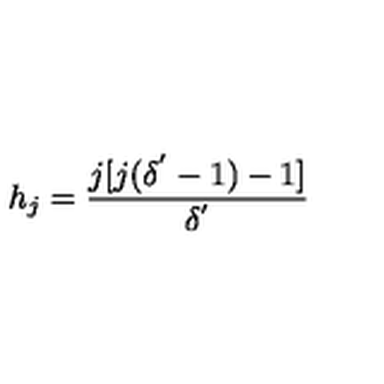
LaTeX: h _ { j } = \frac { j [ j ( \delta ^ { ' } - 1 ) - 1 ] } { \delta ^ { ' } }